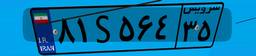
۵۴S۹۹۲۰۰